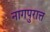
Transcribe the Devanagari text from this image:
नागपुरात्त